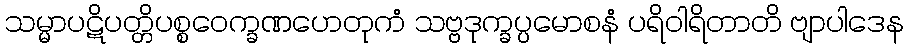
သမ္မာပဋိပတ္တိပစ္စဝေက္ခဏဟေတုကံ သဗ္ဗဒုက္ခပ္ပမောစနံ ပရိဝါရိတာတိ ဗျာပါဒေန